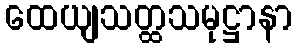
ထေယျသတ္ထသမုဋ္ဌာနာ